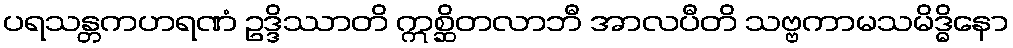
ပရသန္တကဟရဏံ ဥဒ္ဒိဿာတိ ဣစ္ဆိတလာဘီ အာလပီတိ သဗ္ဗကာမသမိဒ္ဓိနော